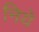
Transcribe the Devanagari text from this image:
निये